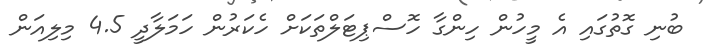
ބުނި ގޮތުގައި އެ މީހުން ހިންގާ ހޮސްޕިޓަލްތަކަށް ހެކަރުން ހަމަލާދީ 4.5 މިލިއަން